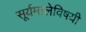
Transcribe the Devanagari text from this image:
सूर्यमालेविषयी